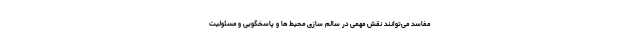
مفاسد می‌توانند نقش مهمی در سالم سازی محیط ها و پاسخگویی و مسئولیت